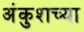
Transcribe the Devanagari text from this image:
अंकुशच्या